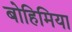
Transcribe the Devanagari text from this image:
बोहिमिया